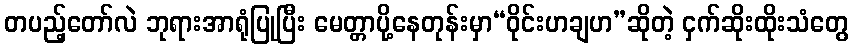
တပည့်တော်လဲ ဘုရားအာရုံပြုပြီး မေတ္တာပို့နေတုန်းမှာ“ဝိုင်းဟချဟ”ဆိုတဲ့ ငှက်ဆိုးထိုးသံတွေ